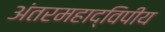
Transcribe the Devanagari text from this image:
अंतरमहाद्विपीय